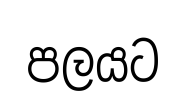
පලයට